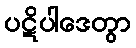
ပဋိပါဒေတွာ